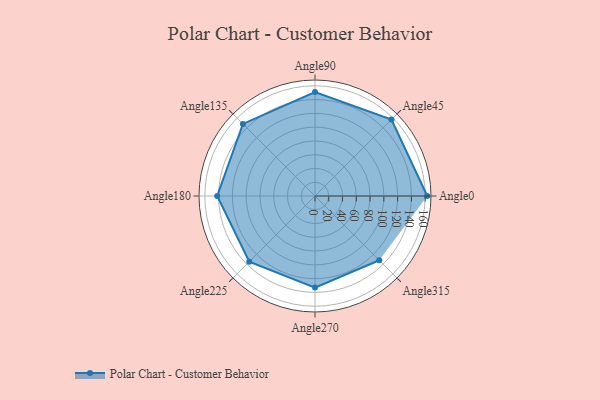
{"axis": {"x": "Angle", "y": "Radius"}, "legend": [""], "data": [{"x": "Angle0", "y": 163.0, "type": ""}, {"x": "Angle45", "y": 157.0, "type": ""}, {"x": "Angle90", "y": 151.0, "type": ""}, {"x": "Angle135", "y": 148.0, "type": ""}, {"x": "Angle180", "y": 142.0, "type": ""}, {"x": "Angle225", "y": 135.0, "type": ""}, {"x": "Angle270", "y": 133.0, "type": ""}, {"x": "Angle315", "y": 132.0, "type": ""}]}